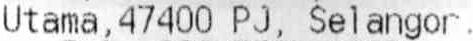
UTAMA,47400 PJ, SELANGOR.